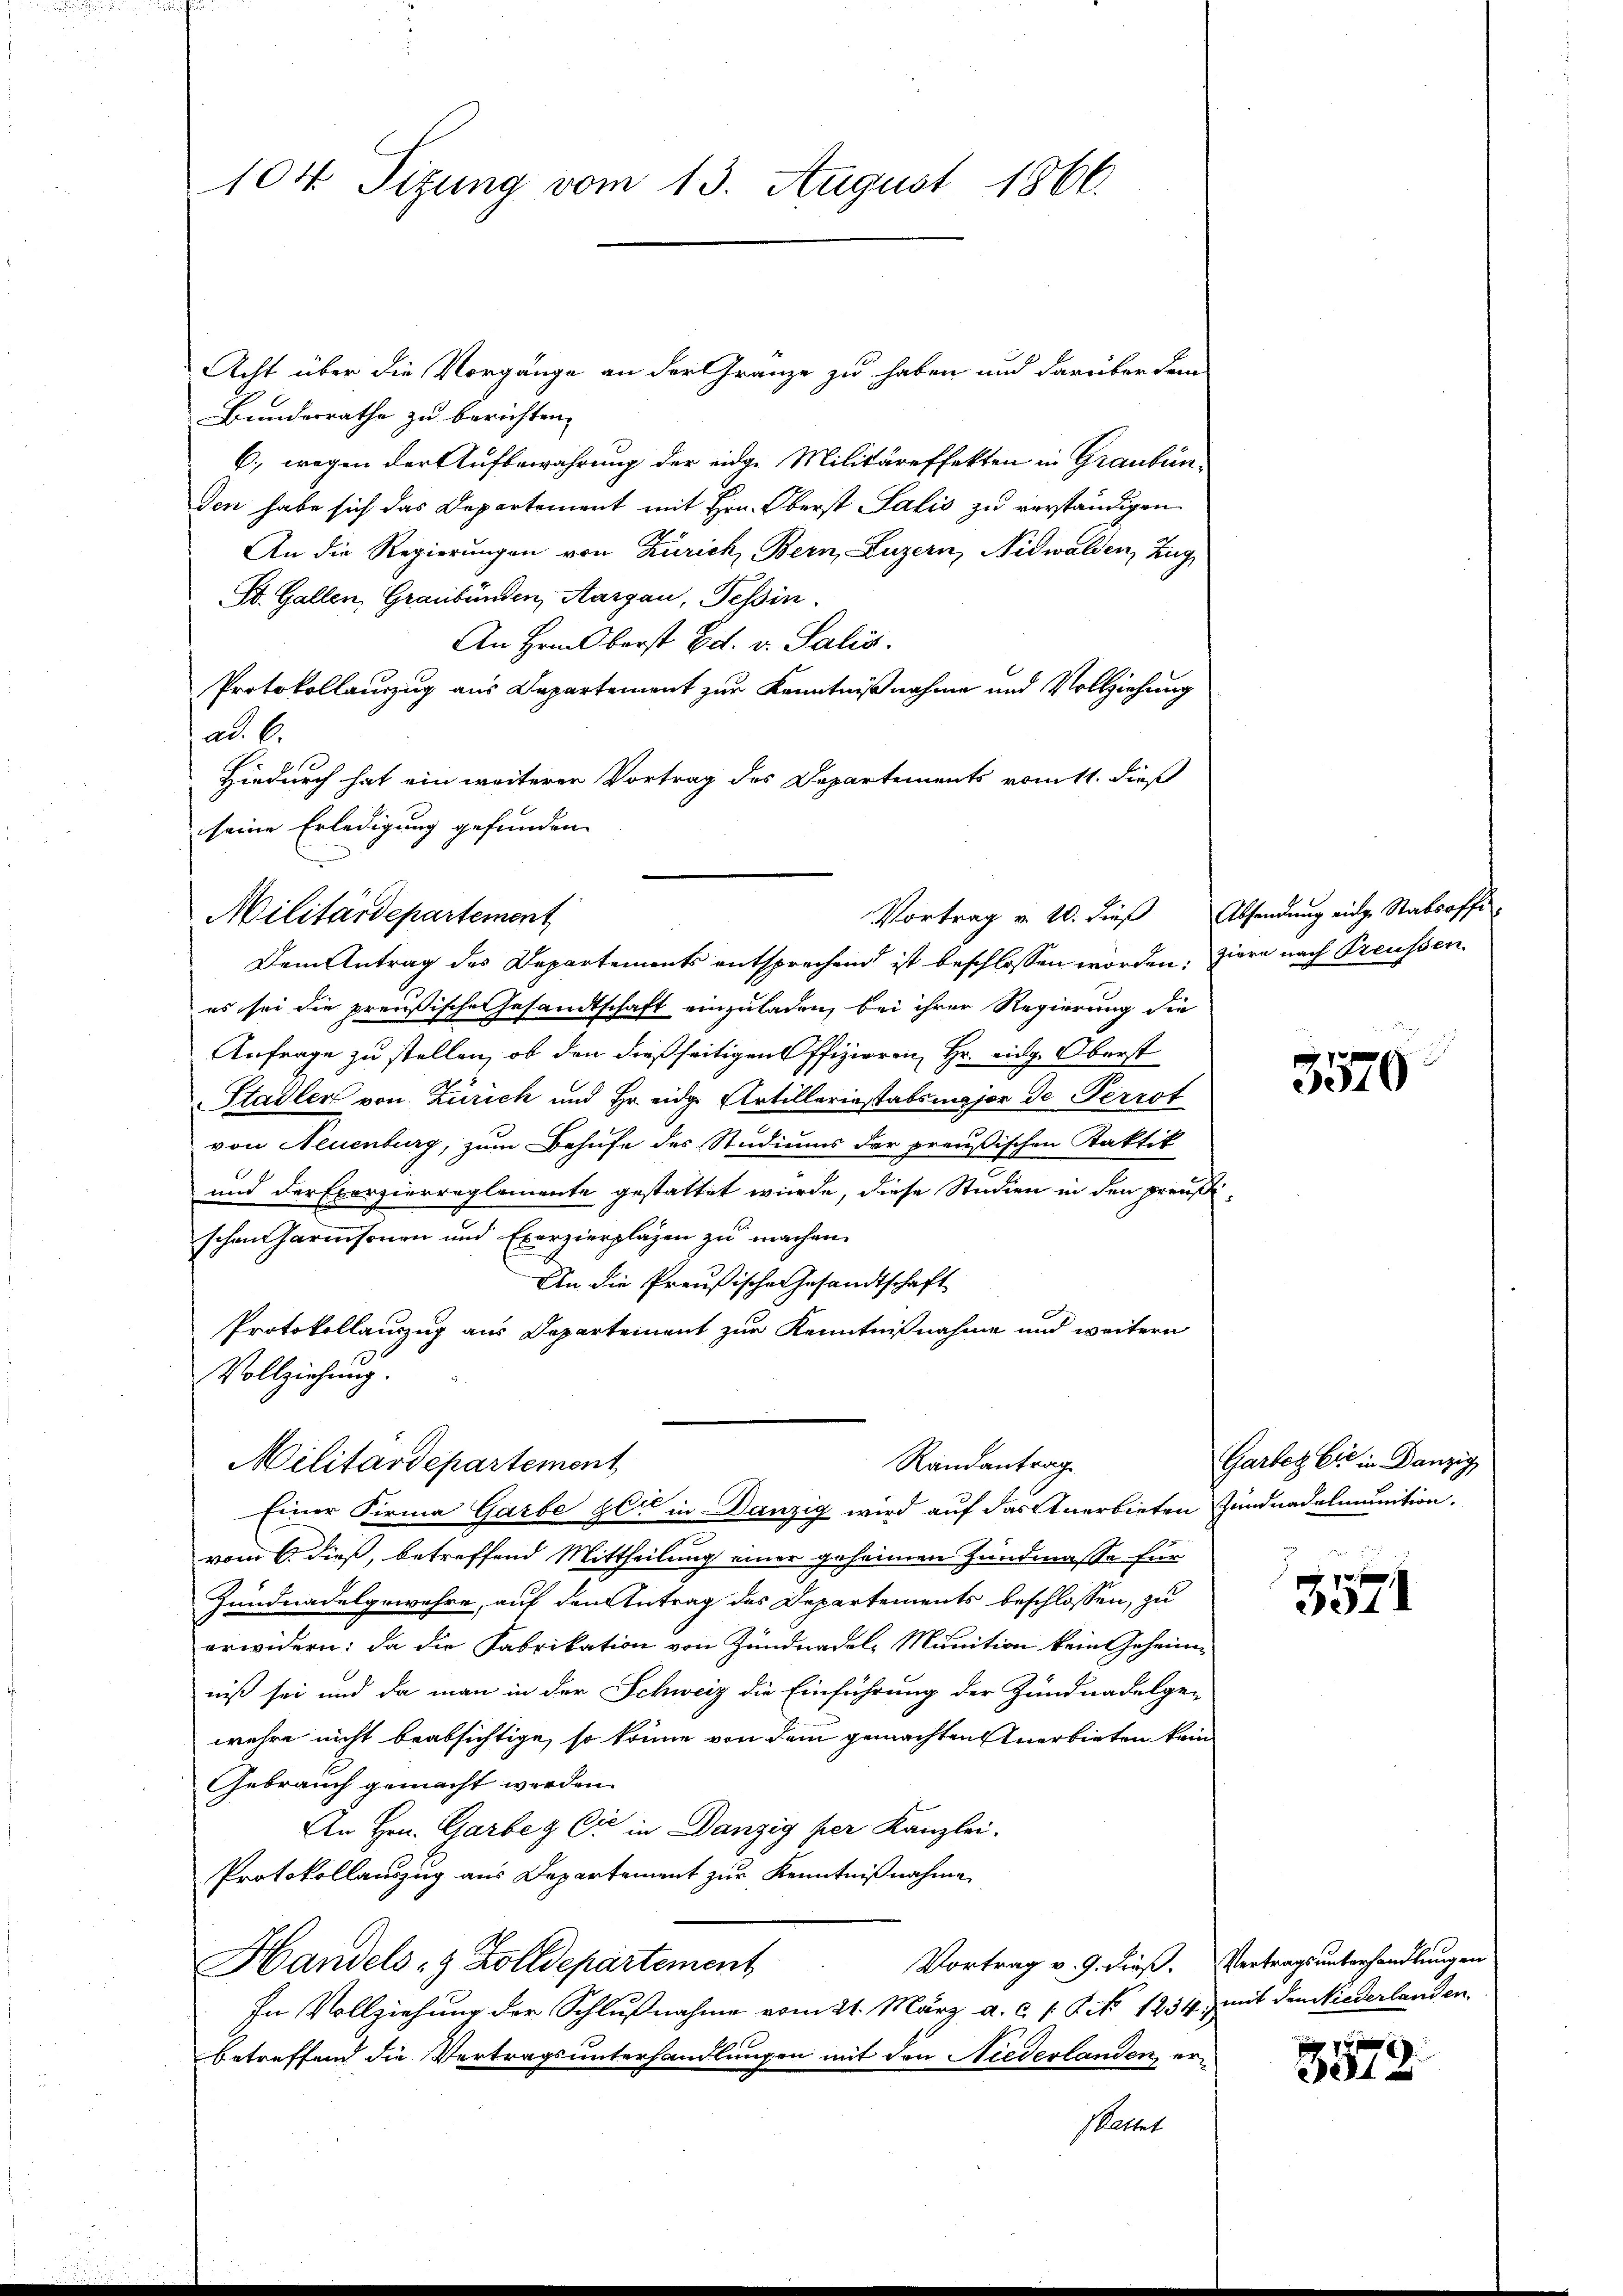
Acht über die Vorgänge an der Gränze zu haben und darüber dem
Bundesrathe zu berichten,
6., wegen der Aufbewahrung der eidge Militäreffekten in Graubünden habe sich das Departement mit Hrn. Oberst Salis zu verständigen
An die Regierungen von Zürich, Bern, Luzern, Nidwalden, Zug
St. Gallen, Graubünden, Aargau, Tessin.
An Hrnn barst Ed. v. Salis
Protokollauszug aus Departement zur Kenntnißnahme und Vollziehung
ad. 6.
Hiedurch hat ein weiterer Vortrag des Departements vom 11. dieß
seine Erledigung gefunden.

104 Sizung vom 13. August 1866.

Militärdepartement

Dem Antrag des Departements entsprechend ist beschlossen worden, ziere nach Preussen
es sei die preußische Gesandtschaft einzuladen, bei ihrer Regierung die
Anfrage zu stellen, ob den dießseitigen Offizieren, Hr. eidg. Oberst
Stadler von Zürich und Hr. eidge Artilleriestabsmajor de Perrot
von Neuenburg, zum Behufe des Studiums der preußischen Faktik
und der Exerzierreglemente gestattet wurde, diese Studien in den preußischen Garnisonen und Exerzierplagen zu machen.
An die Preußische Gesandtschaft
Protokollauszug aus Departement zur Kenntnißnahme und weitern
Einer Firma Garbe zer in Danzig wird auf das Anerbieten Zundnadelmunition.
vom 6. dieß, betreffend Mittheilung einer geheimen Hundmasse für
Zundnadelgewehre, auf den Antrag des Departements beschlossen, zu
erwidern: da die Fabrikation von Zündnadel, Munition kein Geheimniß sei und da man in der Schweiz die Einführung der Zundnadelge-
wehre nicht beabsichtige, so könne von dem gemachten Anerbieten kein
Gebrauch gemacht werden.
An Hrn. Garbey Dir in Danzig per Kanzlei-
Protokollauszug aus Departement zur Kenntniβnahme
Vortrag v. 9. dieß. Vertragsunterhandlungen
Handels- & Zolldepartement
In Vollziehung der Schlußnahme vom 21. März a. c. 18. No 1234, mit den Niederlanden
betreffend die Vertragsunterhandlungen mit den Niederlanden ersettet

Vollziehung.
Militärdepartement
Randantrag

Vortrag v. 10. dieß Absendung einge Stabsoffe.

3570

Garbey Er in Danzig

3571

x
312